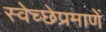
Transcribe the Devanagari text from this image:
स्वेच्छेप्रमाणें